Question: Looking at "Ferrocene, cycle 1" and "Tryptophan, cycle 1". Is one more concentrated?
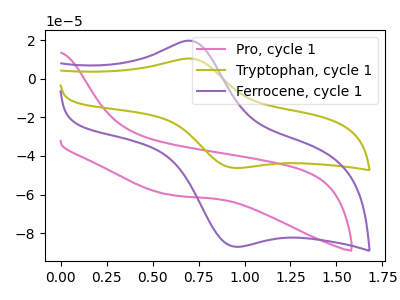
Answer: <think>The pink curve "Pro, cycle 1" has no peaks. The olive curve "Tryptophan, cycle 1" has an anodic peak at (0.70V, 10.35uA) and a cathodic peak at (1.00V, -46.20uA). The purple curve "Ferrocene, cycle 1" has an anodic peak at (0.70V, 19.45uA) and a cathodic peak at (1.00V, -86.95uA).
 All the peaks in "Ferrocene, cycle 1" have a peak in "Tryptophan, cycle 1" at the same potential. Every peak in "Ferrocene, cycle 1" is higher than every peak in "Tryptophan, cycle 1".</think>
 <answer>"Ferrocene, cycle 1" has more signal than "Tryptophan, cycle 1" and so likely has a higher concentration.</answer>
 <eval>more_concentration</eval>